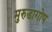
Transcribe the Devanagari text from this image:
मुरुडागोप